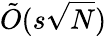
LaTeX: {\tilde{O}}(s{\sqrt{N}})